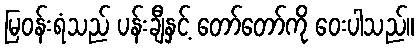
မြဝန်းရံသည် ပန်းချီနှင့် တော်တော်ကို ဝေးပါသည်။